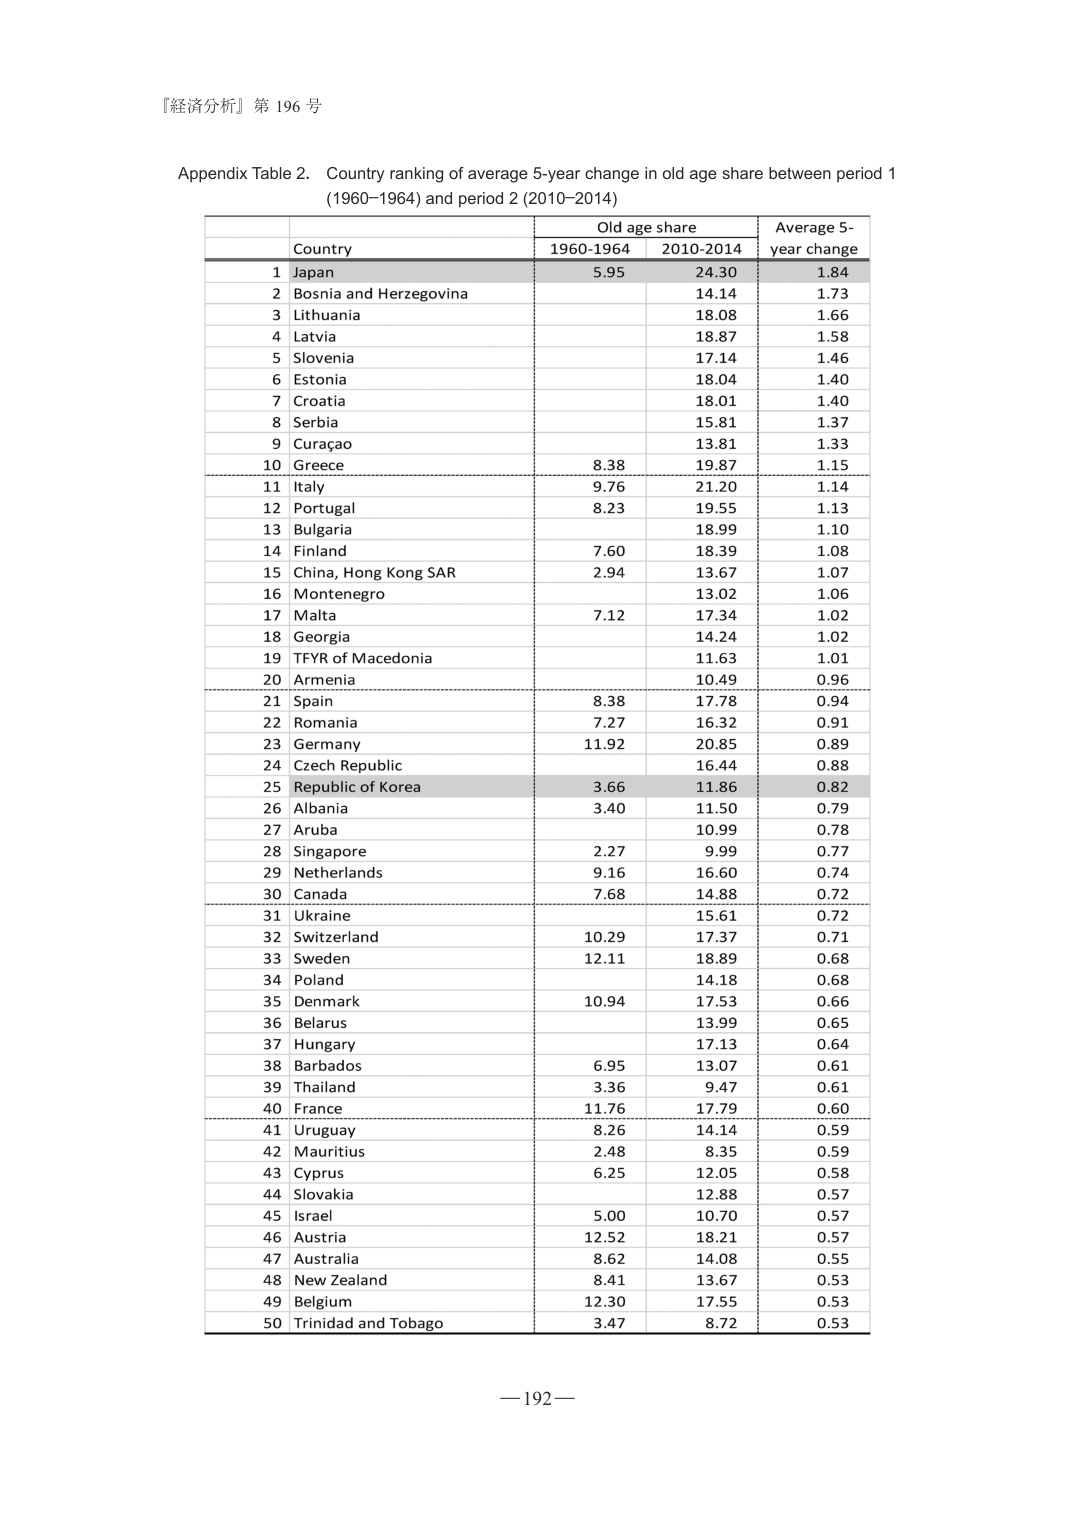
『経済分析』第 196 号

Appendix Table 2. Country ranking of average 5-year change in old age share between period 1 (1960–1964) and period 2 (2010–2014)

Old age share
Average 5-year change

Country
1960–1964
2010–2014

1 Japan
5.95
24.30
1.84

2 Bosnia and Herzegovina
14.14
1.73

3 Lithuania
18.08
1.66

4 Latvia
18.87
1.58

5 Slovenia
17.14
1.46

6 Estonia
18.04
1.40

7 Croatia
18.01
1.40

8 Serbia
15.81
1.37

9 Curaçao
13.81
1.33

10 Greece
8.38
19.87
1.15

11 Italy
9.76
21.20
1.14

12 Portugal
8.23
19.55
1.13

13 Bulgaria
18.99
1.10

14 Finland
7.60
18.39
1.08

15 China, Hong Kong SAR
2.94
13.67
1.07

16 Montenegro
13.02
1.06

17 Malta
7.12
17.34
1.02

18 Georgia
14.24
1.02

19 FYR of Macedonia
11.63
1.01

20 Armenia
10.49
0.96

21 Spain
8.38
17.78
0.94

22 Romania
7.27
16.32
0.91

23 Germany
11.92
20.85
0.89

24 Czech Republic
16.44
0.88

25 Republic of Korea
3.66
11.86
0.82

26 Albania
3.40
11.50
0.79

27 Aruba
10.99
0.78

28 Singapore
2.27
9.99
0.77

29 Netherlands
9.16
16.60
0.74

30 Canada
7.68
14.88
0.72

31 Ukraine
15.61
0.72

32 Switzerland
10.29
17.37
0.71

33 Sweden
12.11
18.89
0.68

34 Poland
14.18
0.68

35 Denmark
10.94
17.53
0.66

36 Belarus
13.99
0.65

37 Hungary
17.13
0.64

38 Barbados
6.95
13.07
0.61

39 Thailand
3.36
9.47
0.61

40 France
11.76
17.79
0.60

41 Uruguay
8.26
14.14
0.59

42 Mauritius
2.48
8.35
0.59

43 Cyprus
6.25
12.05
0.58

44 Slovakia
12.88
0.57

45 Israel
5.00
10.70
0.57

46 Austria
12.52
18.21
0.57

47 Australia
8.62
14.08
0.55

48 New Zealand
8.41
13.67
0.53

49 Belgium
12.30
17.55
0.53

50 Trinidad and Tobago
3.47
8.72
0.53

—192—